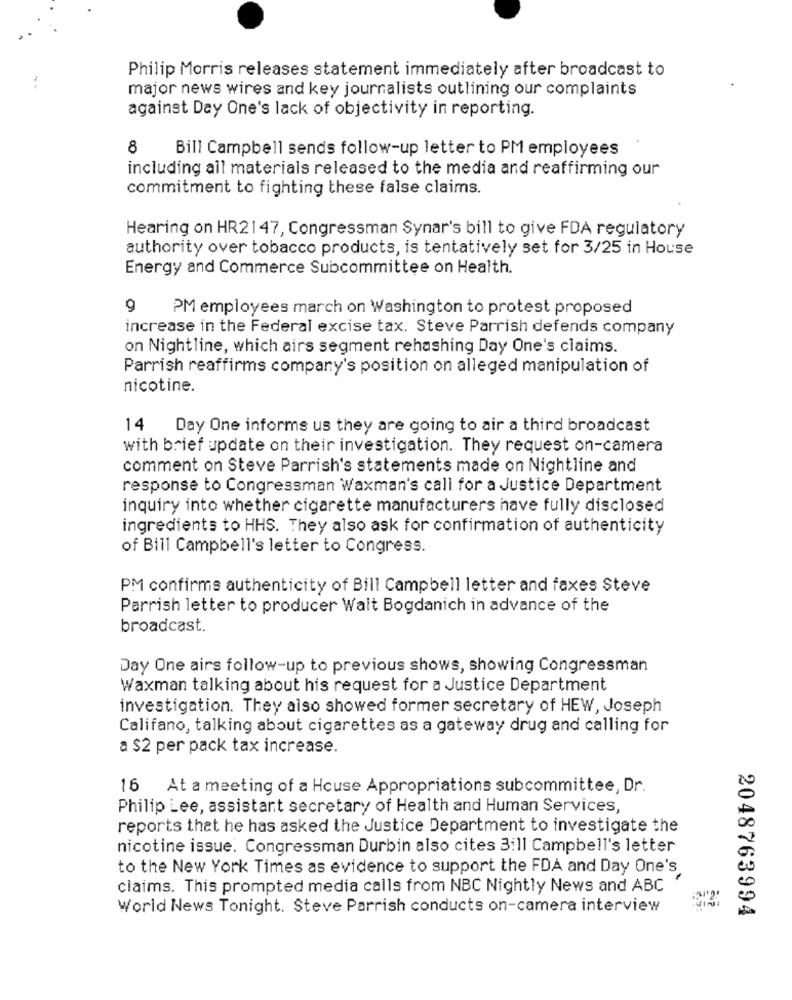
Philip Morris releases statement immediately after broadcast to
major news wires and key journalists outlining our complaints
against Day One's lack of objectivity in reporting.
8
Bill Campbell sends follow-up letter to PM employees
including all materials released to the media and reaffirming our
commitment to fighting these false claims.
Hearing on HR2147, Congressman Synar's bill to give FDA regulatory
authority over tobacco products, is tentatively set for 3/25 in House
Energy and Commerce Subcommittee on Health.
9
PM employees march on Washington to protest proposed
increase in the Federal excise tax. Steve Parrish defends company
on Nightline, which airs segment rehashing Day One's claims.
Parrish reaffirms company's position on alleged manipulation of
nicotine.
14 Day One informs us they are going to air a third broadcast
with brief update on their investigation. They request on-camera
comment on Steve Parrish's statements made on Nightline and
response to Congressman Waxman's call for a Justice Department
inquiry into whether cigarette manufacturers have fully disclosed
ingredients to HHS. They also ask for confirmation of authenticity
of Bill Campbell's letter to Congress.
PM confirms authenticity of Bill Campbell letter and faxes Steve
Parrish letter to producer Wait Bogdanich in advance of the
broadcast.
Day One airs follow-up to previous shows, showing Congressman
Waxman talking about his request for a Justice Department
investigation. They also showed former secretary of HEW, Joseph
Califano, talking about cigarettes as a gateway drug and calling for
a $2 per pack tax increase.
16 At a meeting of a House Appropriations subcommittee, Dr.
Philip Lee, assistant secretary of Health and Human Services,
reports that he has asked the Justice Department to investigate the
nicotine issue. Congressman Durbin also cites 3:11 Campbell's letter
to the New York Times as evidence to support the FDA and Day One's
claims. This prompted media calls from NBC Nightly News and ABC
World News Tonight. Steve Parrish conducts on-camera interview
2048763994